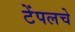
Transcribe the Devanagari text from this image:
टेंपलचे